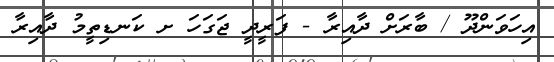
އިހަވަންދޫ / ބާރަށް ދާއިރާ - ފަރީދީ ޖަގަހަ ށ ކަނޑިތީމު ދާއިރާ